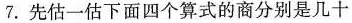
7.先估一估下面四个算式的商分别是几十